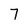
Character: 7